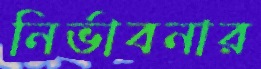
নির্ভাবনার